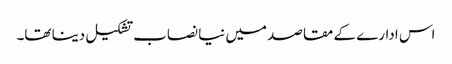
اس ادارے کے مقاصد میں نیا نصاب تشکیل دینا تھا۔